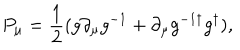
LaTeX: P _ { \mu } = { \frac { 1 } { 2 } } ( g \partial _ { \mu } g ^ { - 1 } + \partial _ { \mu } g ^ { - 1 \dagger } g ^ { \dagger } ) ,